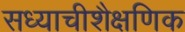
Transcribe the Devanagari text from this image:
सध्याचीशैक्षणिक